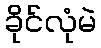
ခိုင်လုံမဲ